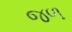
જળ